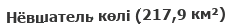
Нёвшатель көлі (217,9 км²)